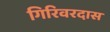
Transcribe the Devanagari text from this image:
गिरिवरदास